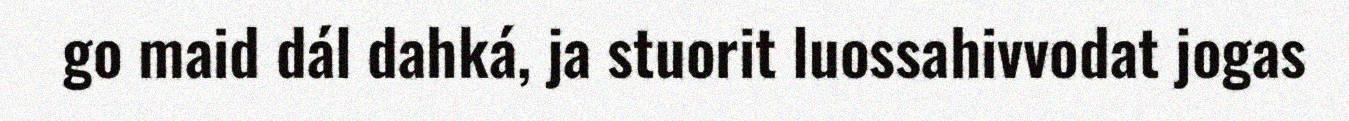
go maid dál dahká, ja stuorit luossahivvodat jogas